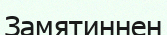
Замятиннен